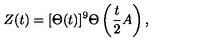
Z ( t ) = [ \Theta ( t ) ] ^ { 9 } \Theta \left( { \frac { t } { 2 } } A \right) ,